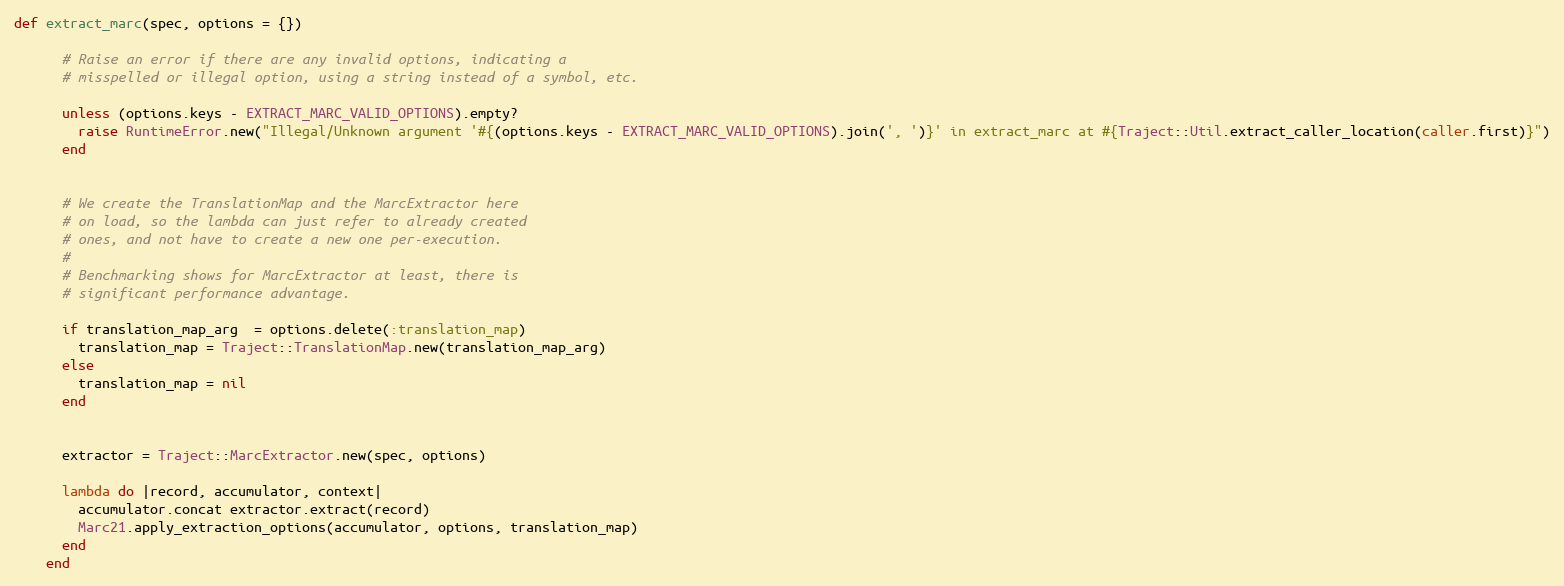
Language: Ruby
def extract_marc(spec, options = {})

      # Raise an error if there are any invalid options, indicating a
      # misspelled or illegal option, using a string instead of a symbol, etc.

      unless (options.keys - EXTRACT_MARC_VALID_OPTIONS).empty?
        raise RuntimeError.new("Illegal/Unknown argument '#{(options.keys - EXTRACT_MARC_VALID_OPTIONS).join(', ')}' in extract_marc at #{Traject::Util.extract_caller_location(caller.first)}")
      end

      # We create the TranslationMap and the MarcExtractor here
      # on load, so the lambda can just refer to already created
      # ones, and not have to create a new one per-execution.
      #
      # Benchmarking shows for MarcExtractor at least, there is
      # significant performance advantage.

      if translation_map_arg  = options.delete(:translation_map)
        translation_map = Traject::TranslationMap.new(translation_map_arg)
      else
        translation_map = nil
      end

      extractor = Traject::MarcExtractor.new(spec, options)

      lambda do |record, accumulator, context|
        accumulator.concat extractor.extract(record)
        Marc21.apply_extraction_options(accumulator, options, translation_map)
      end
    end